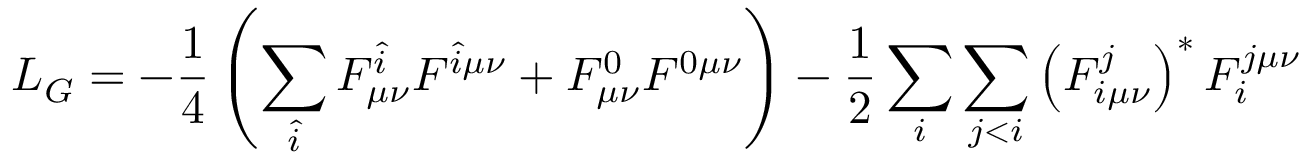
{ \cal L } _ { G } = - \frac { 1 } { 4 } \left( \sum _ { \hat { i } } F _ { \mu \nu } ^ { \hat { i } } F ^ { \hat { i } \mu \nu } + F _ { \mu \nu } ^ { 0 } F ^ { 0 \mu \nu } \right) - \frac { 1 } { 2 } \sum _ { i } \sum _ { j < i } \left( F _ { i \mu \nu } ^ { j } \right) ^ { * } F _ { i } ^ { j \mu \nu }